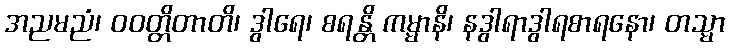
အညမညံ၊ ဝဝတ္တိတာတိ၊ ဒွါရေ၊ စရန္တိ ကမ္မာနိ၊ နဒွါရာဒွါရစာရနော၊ တသ္မာ